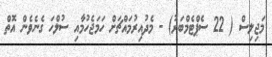
މަޖިލިސް ( 22 ސެޕްޓެމްބަރު) - މެދުއިރުމައްޗަށް ހަމަޖެހުމާއި ސުލްހަ ގެނެވެން އޮތް